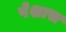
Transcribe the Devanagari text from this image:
पेशास